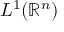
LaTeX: L ^ { 1 } ( \mathbb { R } ^ { n } )